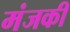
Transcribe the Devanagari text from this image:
मंजकी